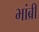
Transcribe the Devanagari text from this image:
भांब्री